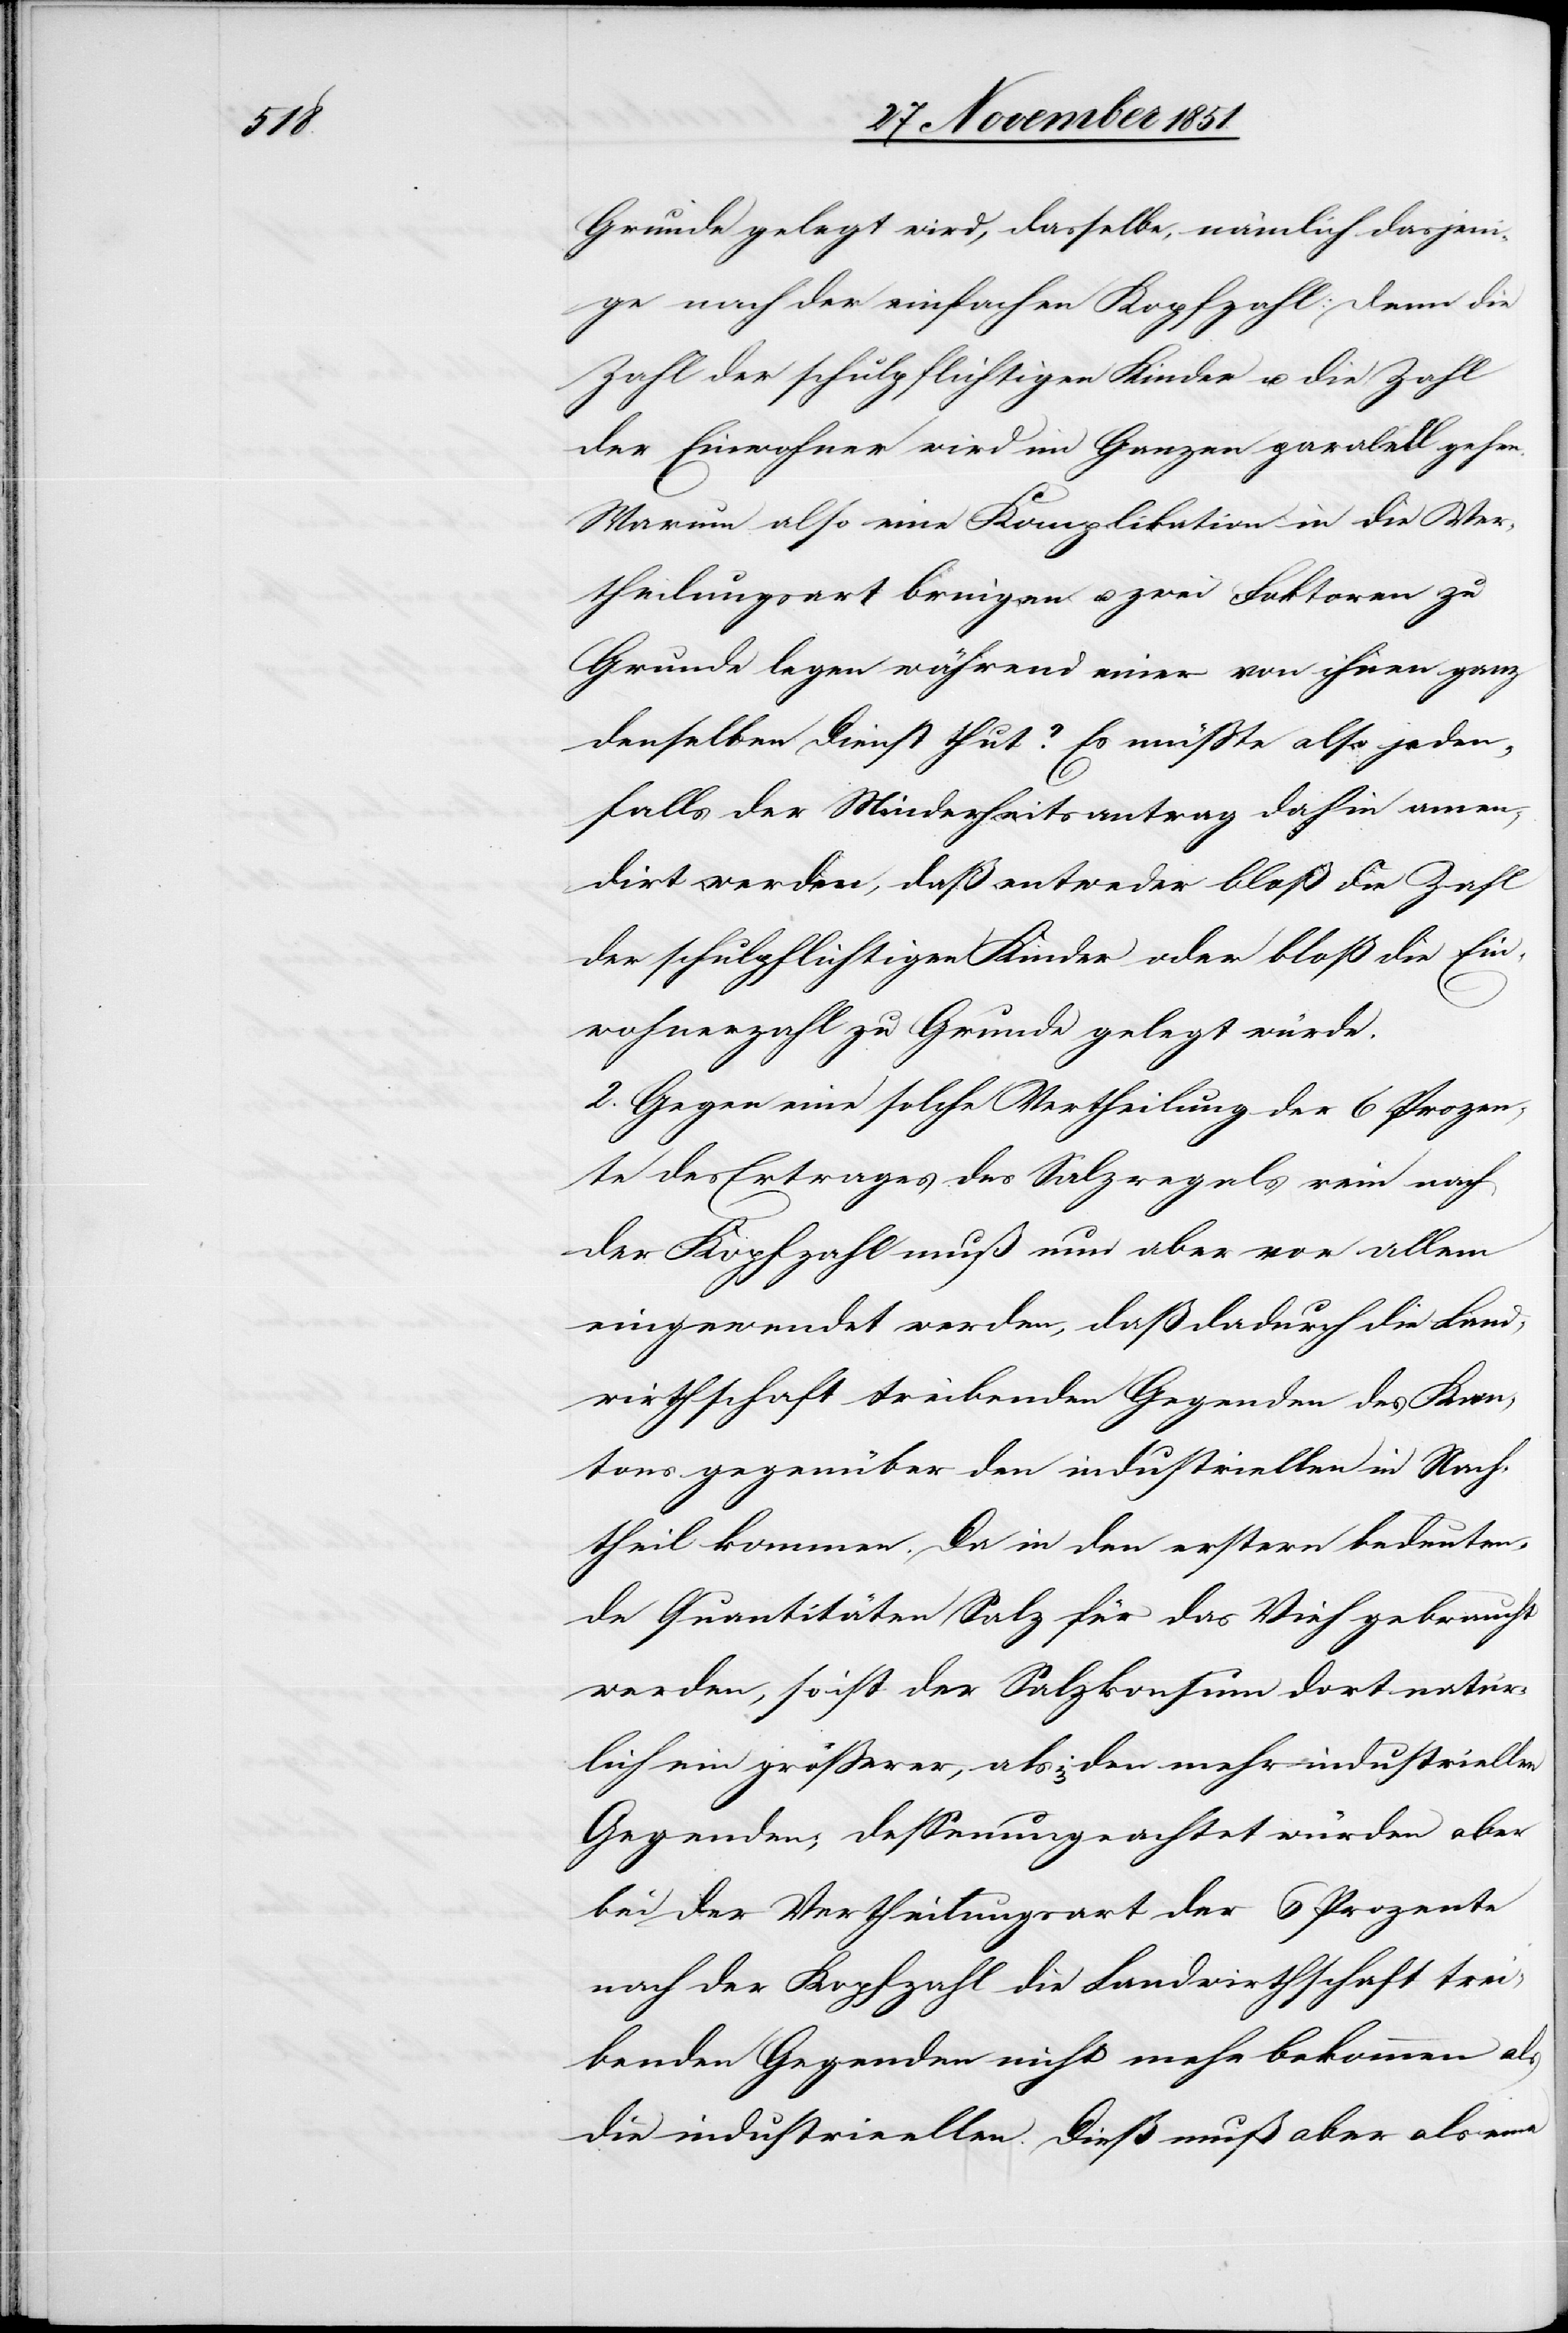
Grunde gelegt wird, dasselbe, nämlich dasjeni¬
ge nach der einfachen Kopfzahl: Denn die
Zahl der schulpflichtigen Kinder u. die Zahl
der Einwohner wird im Ganzen paralell
Warum also eine Komplikation in die Ver¬
theilungsart bringen u. zwei Faktoren zu
Grunde legen während einer von ihnen ganz
denselben Dienst thut? Es müßte also jeden¬
falls der Minderheitsantrag dahin amen¬
dirt werden, daß entweder bloß die Zahl
der schulpflichtigen Kinder oder bloß die Ein¬
wohnerzahl zu Grunde gelegt würde.
2. Gegen eine solche Vertheilung der 6 Prozen¬
te des Ertrages des Salzregals rein nach
der Kopfzahl muß nun aber vor allem
eingewendet werden, daß dadurch die Land¬
wirthschaft treibenden Gegenden des Kan¬
tons gegenüber den industriellen in Nach¬
theil kommen. Da in den erstern bedeuten¬
de Quantitäten Salz für das Vieh gebraucht
werden, so ist der Salzkonsum dort natür¬
lich ein größerer, als in den mehr industriellen
Gegenden; dessenungeachtet würden aber
bei der Vertheilungsart der 6 Prozente
nach der Kopfzahl die Landwirthschaft trei¬
benden Gegenden nicht mehr bekommen als
die industrieellen [sic!]. Dieß muß aber als eine